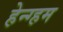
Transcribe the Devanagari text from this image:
हेन्ग्हम